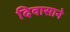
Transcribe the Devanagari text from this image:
दिवासाने